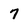
Character: 7